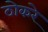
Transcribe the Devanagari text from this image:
ठोकरे